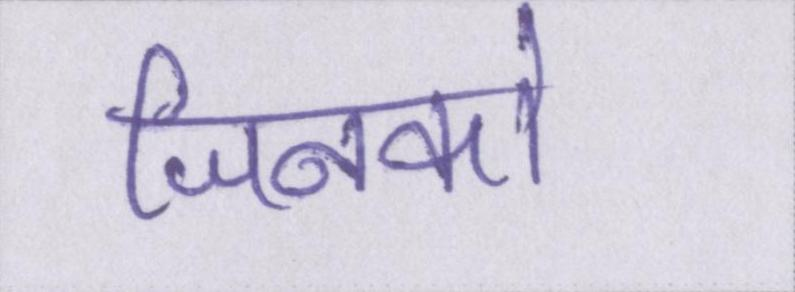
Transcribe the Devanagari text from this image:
जिनको